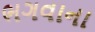
ભગવાના